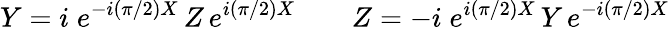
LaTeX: Y=i\; e^{-i({\pi}/{2})X}\, Z\, e^{i({\pi}/{2})X}\qquad Z=-i\; e^{i({\pi}/{2})X}\, Y\, e^{-i({\pi}/{2})X}